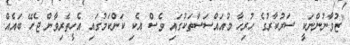
"ޒުވާނުންނަކީ ސަރުކާރުގެ ހުރިހާ މުއައްސަސާތަކުގައި ވެސް އެކި ކަންކަމުގައި އެހީތެރިވާން ޖެހޭ ބައެއް.